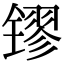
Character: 镠